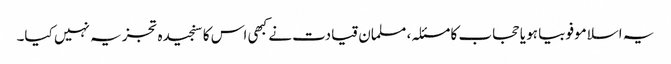
یہ اسلاموفوبیا ہو یا حجاب کا مسئلہ، مسلمان قیادت نے کبھی اس کا سنجیدہ تجزیہ نہیں کیا۔